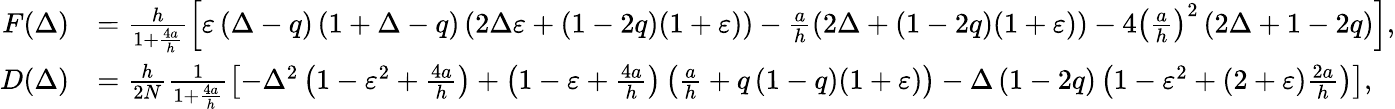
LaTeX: \begin{array}{rl}{F(\Delta)}&{=\frac{h}{1+\frac{4a}{h}}\left[\varepsilon\left(\Delta-q\right)\left(1+\Delta-q\right)\left(2\Delta\varepsilon+\left(1-2q\right)(1+\varepsilon)\right)-\frac{a}{h}\left(2\Delta+\left(1-2q\right)(1+\varepsilon)\right)-4\left(\frac{a}{h}\right)^{2}\left(2\Delta+1-2q\right)\right],}\\ {D(\Delta)}&{=\frac{h}{2N}\frac{1}{1+\frac{4a}{h}}\left[-\Delta^{2}\left(1-\varepsilon^{2}+\frac{4a}{h}\right)+\left(1-\varepsilon+\frac{4a}{h}\right)\left(\frac{a}{h}+q\thinspace(1-q)(1+\varepsilon)\right)-\Delta\left(1-2q\right)\left(1-\varepsilon^{2}+(2+\varepsilon)\frac{2a}{h}\right)\right],}\end{array}